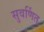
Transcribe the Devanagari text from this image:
सुवर्णित